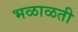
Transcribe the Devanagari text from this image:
भळाळती